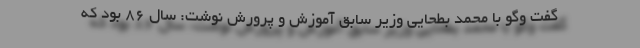
گفت وگو با محمد بطحایی وزیر سابق آموزش و پرورش نوشت: سال ۸۶ بود که